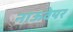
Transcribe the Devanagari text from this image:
नाऊवेयर